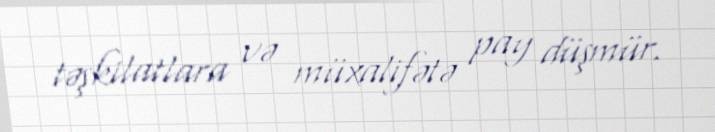
təşkilatlara və müxalifətə pay düşmür.